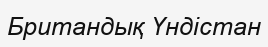
Британдық Үндістан